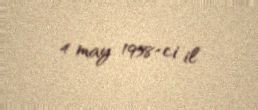
4 may 1958-ci il